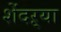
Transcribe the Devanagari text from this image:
शेंदऱ्या